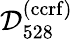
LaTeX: \mathcal{D}_{528}^{(\mathrm{ccrf})}